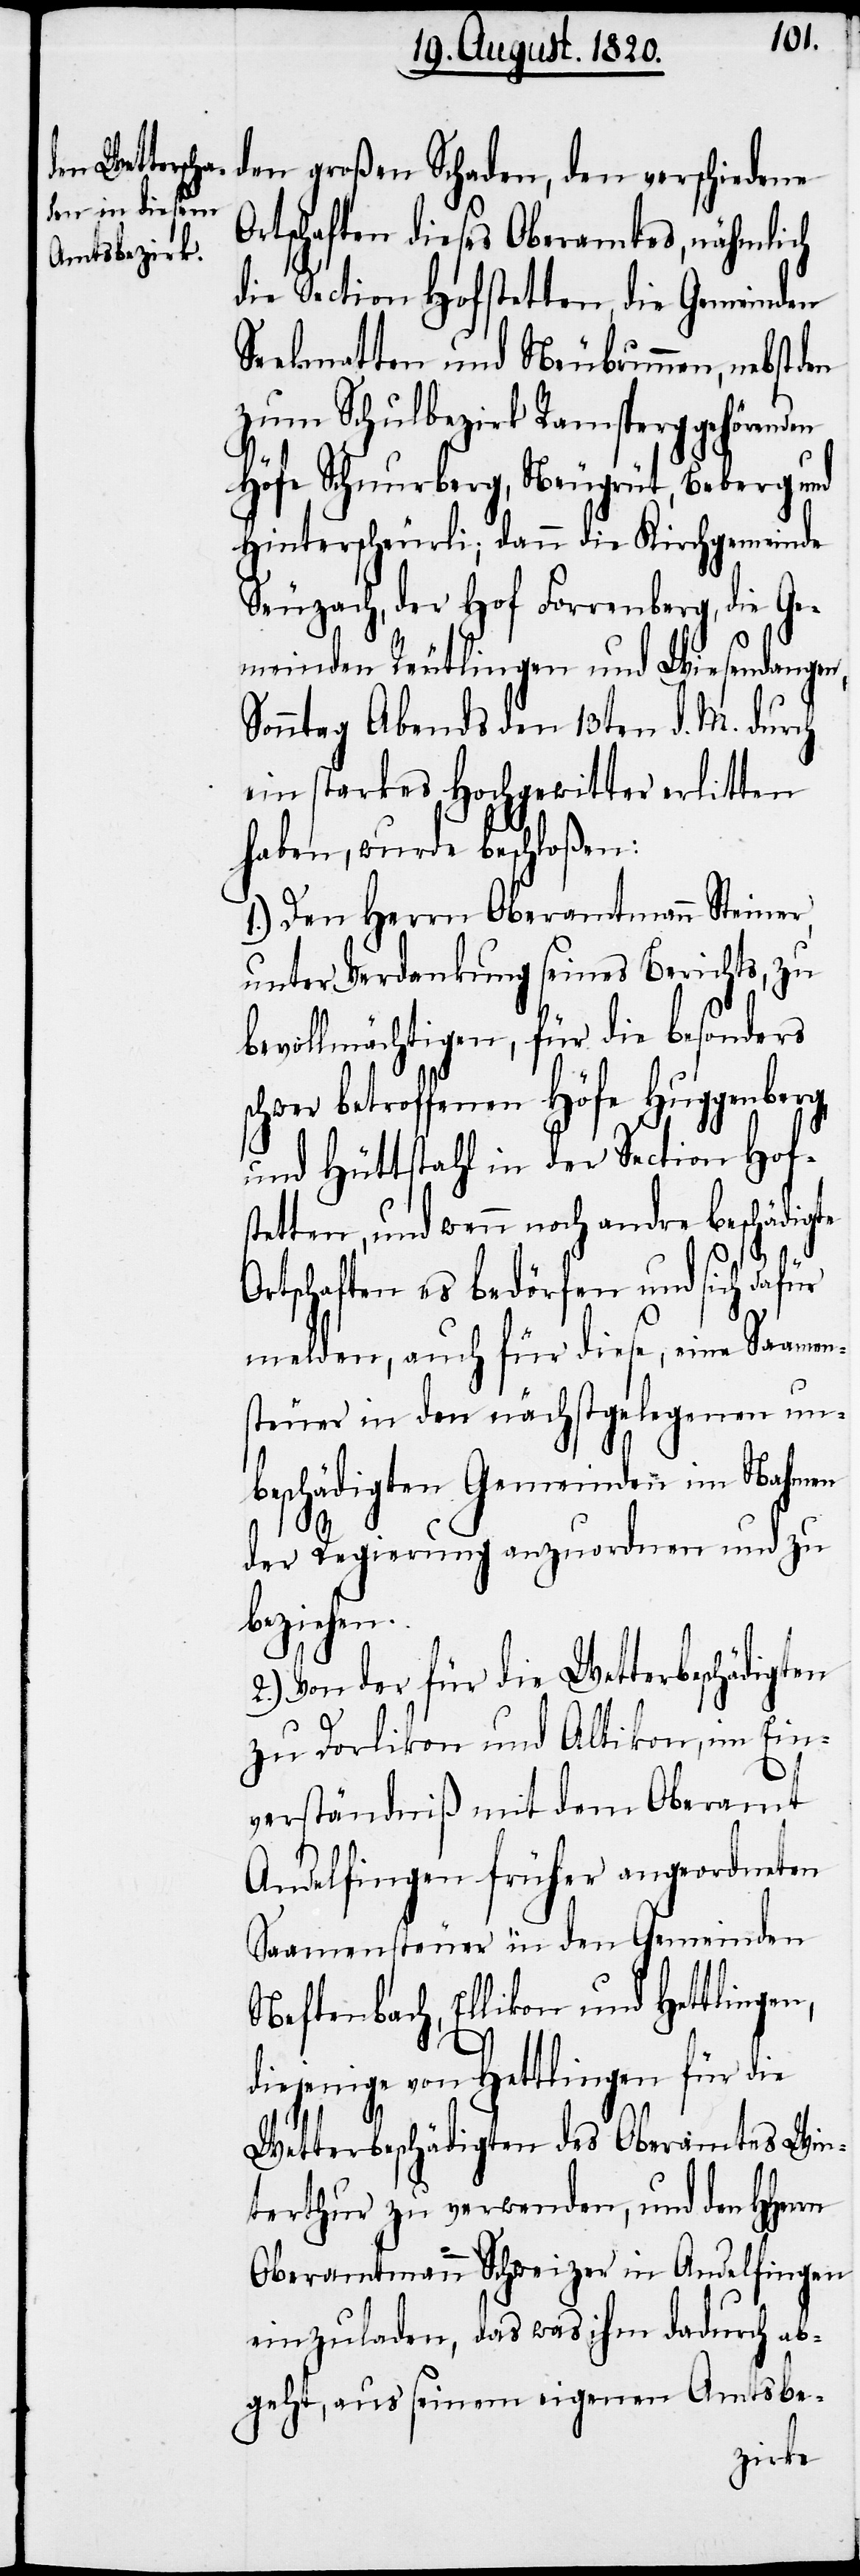
den großen Schaden, den verschiedene
Ortschaften dieses Oberamtes, nähmlich
die Section Hofstetten, die Gemeinden
Seelmatten und Neubrunnen, nebst den
zum Schuldbezirk Ramsperg gehörenden
Höfe Schnurberg, Neugürt, Beberg und
Hinterscheurli; dann die Kirchgemeinde
Seuzach, der Hof Forrenberg, die Ge¬
meinden Reutlingen und Wiesendangen,
Sonntag Abends den 13ten d. M. durch
ein starkes Hochgewitter erlitten
haben, wurde beschloßen:
1.) Den Herrn Oberamtmann Steiner,
unter Verdankung seines Berichts, zu
bevollmächtigen, für die besonders
chwer betroffenen Höfe Huggenberg,
und Hüttstahl in der Section Hofs¬
tetten, und wenn noch andre
Ortschaften es bedürfen und sich dafür
melden, auch für diese, eine Saamens¬
teuer in den nächstgelegenen un¬
beschädigten Gemeinden in Nahmen
s¬
der Regierung anzuordnen und zu
beziehen.
2.) Von der für die Wetterbeschädigten
zu Dorlikon und Altikon, im Ein¬
verständniß mit dem Oberamt
Andelfingen früher angeordneten
Saamensteuer an den Gemeinden
Neftenbach, Ellikon und Hettlingen,
diejenige von Hettlingen für die
Wetterbeschädigten des Oberamtes Win¬
terthur zu verwenden, und den
Oberamtmann Schweizer in Andelfingen
einzuladen, das was ihm dadurch ab¬
geht, aus seinem eigenen Amtsbe-